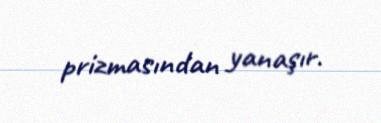
prizmasından yanaşır.